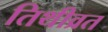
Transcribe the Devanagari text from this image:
तिथीव्रत